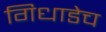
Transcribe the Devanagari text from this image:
गिधाडेच